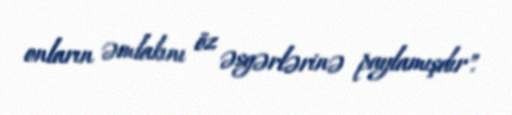
onların əmlakını öz əsgərlərinə paylamışdır".